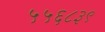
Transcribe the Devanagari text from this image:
५५६८३९